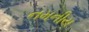
નમનીય